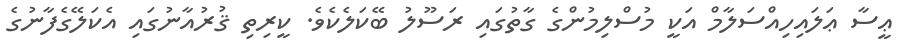
ޢީސާ ޢަލައިހިއްސަލާމް އަކީ މުސްލިމުންގެ ގާތުގައި ރަސޫލު ބޭކަލެކެވެ. ކީރިތި ޤުރުއާނުގައި އެކަލޭގެފާނުގެ